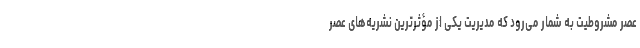
عصر مشروطیت به شمار می‌رود که مدیریت یکی از مؤثرترین نشریه‌های عصر